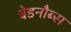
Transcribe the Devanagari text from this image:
बेडनौब्स